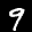
Label: 9